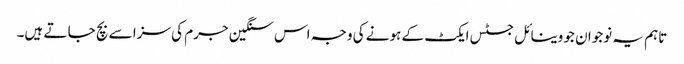
تاہم یہ نوجوان جو وینا ئل جسٹس ایکٹ کے ہونے کی وجہ اس سنگین جرم کی سزا سے بچ جا تے ہیں۔